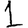
Digit: 1